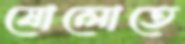
ষোলোতে